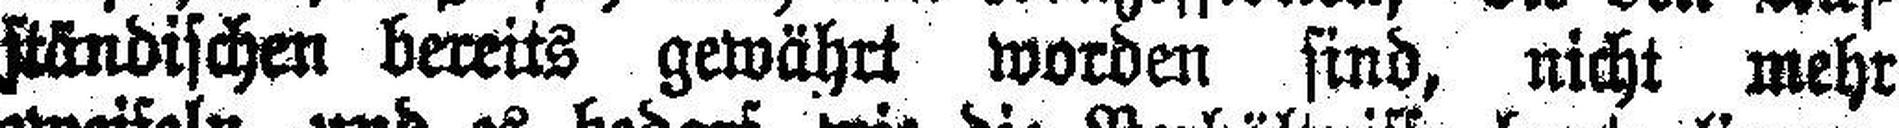
ständischen bereits gewährt worden sind, nicht mehr